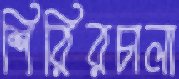
শিরিরচালা